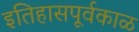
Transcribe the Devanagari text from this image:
इतिहासपूर्वकाळ